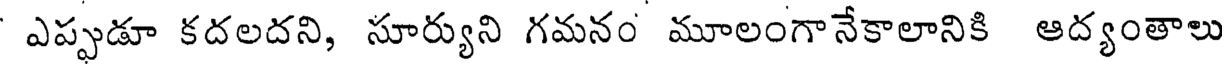
ఎప్పుడూ కదలదని, సూర్యుని గమనం మూలంగానేకాలానికి ఆద్యంతాలు